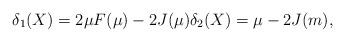
LaTeX: \begin{align*}\delta_1(X)=2\mu F(\mu)-2 J(\mu)\delta_2(X)=\mu-2J(m),\end{align*}